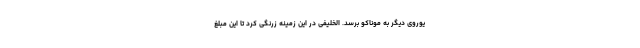
یوروی دیگر به موناکو برسد. الخلیفی در این زمینه زرنگی کرد تا این مبلغ